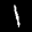
Label: 1